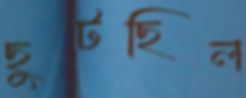
ছুটছিল